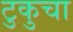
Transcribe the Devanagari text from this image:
टुकुचा